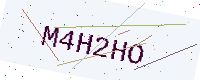
Text: M4H2HO